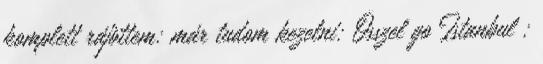
komplett rájöttem: már tudom kezelni: Ősszel go Istanbul :